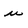
Character: u